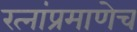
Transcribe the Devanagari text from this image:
रत्‍नांप्रमाणेच